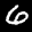
Label: 6